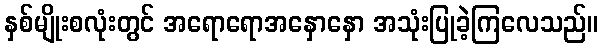
နှစ်မျိုးစလုံးတွင် အရောရောအနှောနှော အသုံးပြုခဲ့ကြလေသည်။